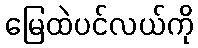
မြေထဲပင်လယ်ကို